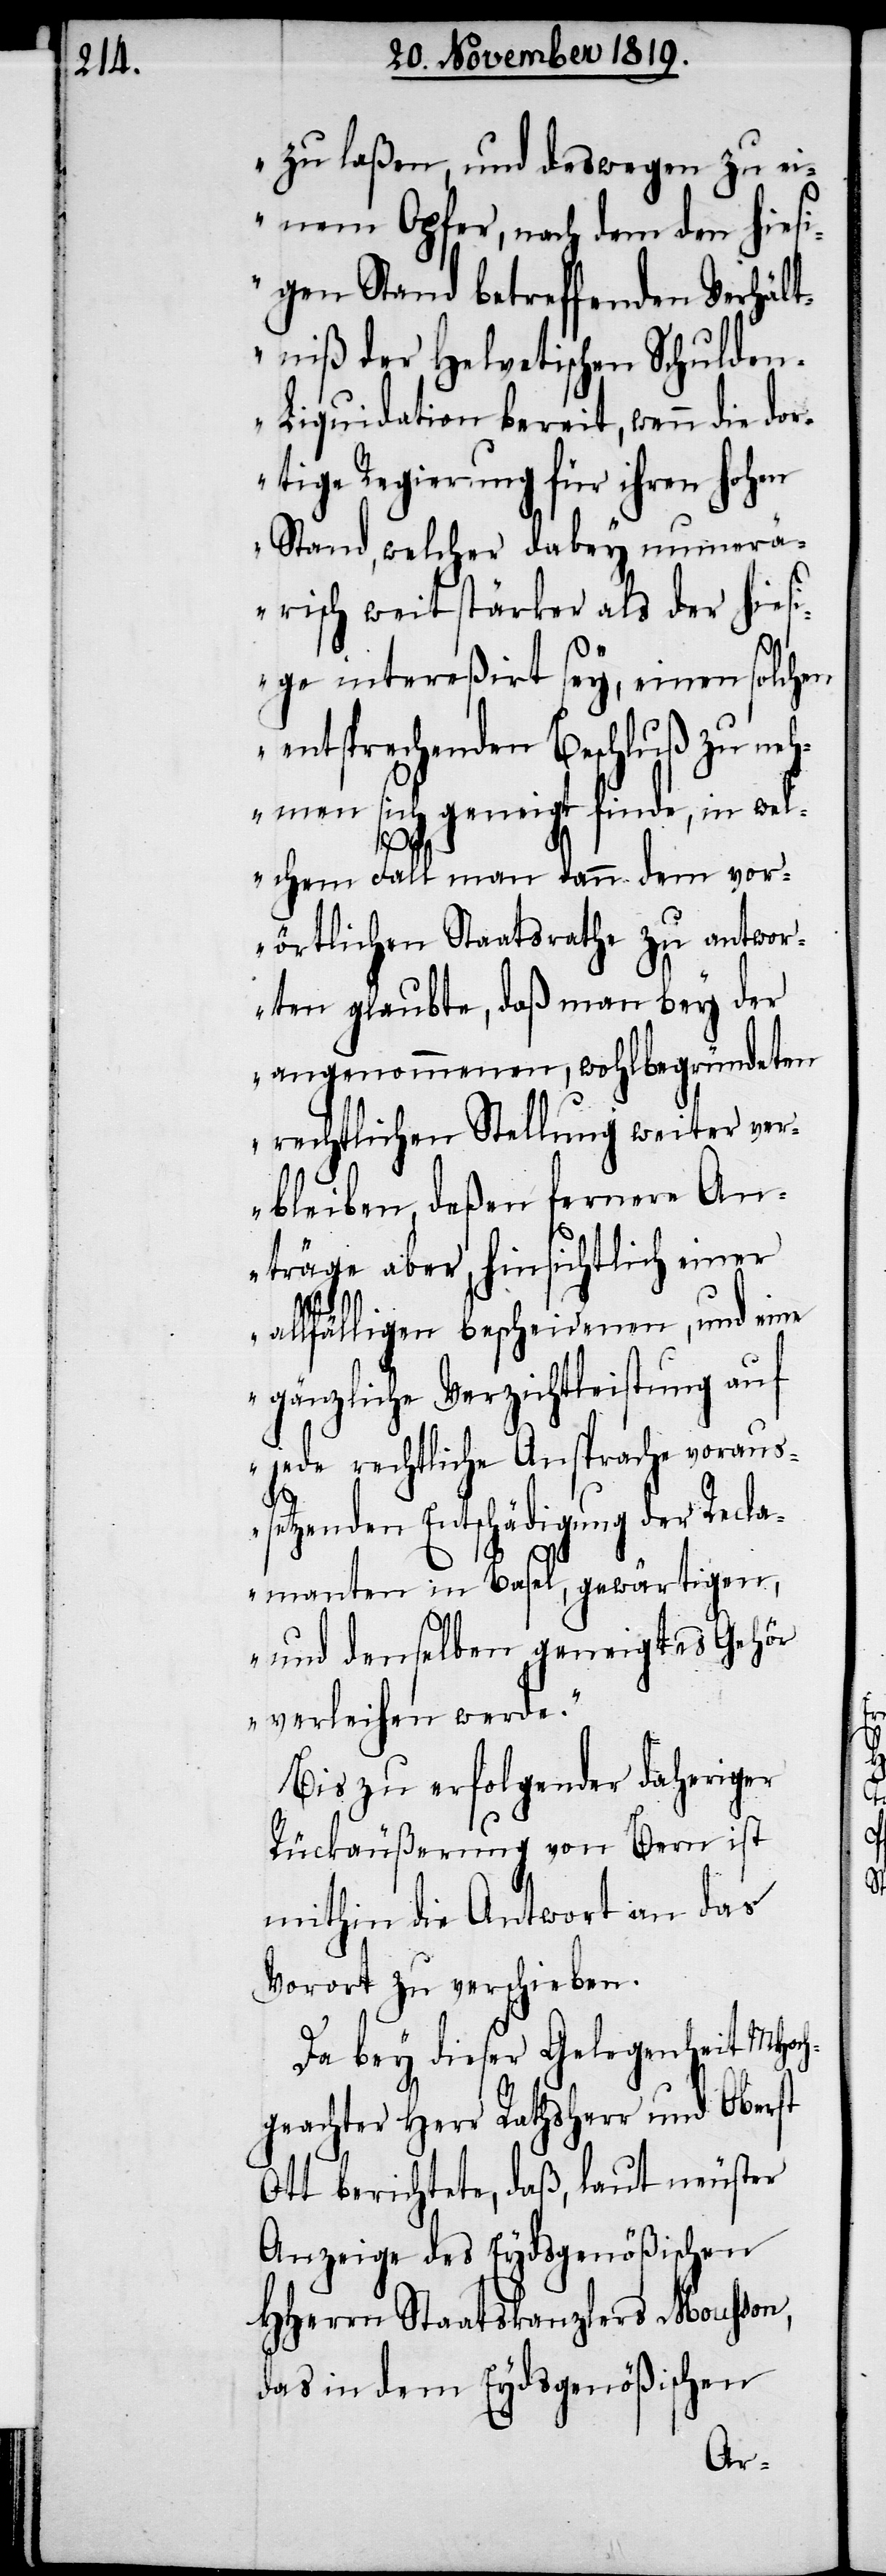
zu laßen, und deswegen zu ei¬
nem Opfer, nach dem den hiesi¬
gen Stand betreffenden Verhält¬
niß der Helvetischen Schulde¬
n-Liquidation bereit, wenn die dor¬
tige Regierung für ihren hohen
Stand, welcher dabey numerä¬
risch weit stärker als der hiesi¬
ge intereßirt sey, einen solchen
entsprechenden Beschluß zu neh¬
men sich geneigt finde, in wel¬
chem Fall man dann dem vor¬
örtlichen Staatsrathe zu antwor¬
ten glaubte, daß man bey der
angenommenen, wohlbegründeten
rechtlichen Stellung weiter ver¬
bleiben, deßen fernere An¬
träge aber, hinsichtlich einer
allfälligen bescheidenen, und eine
gänzliche Verzichtleistung auf
jede rechtliche Ansprache voraus¬
setzenden Entschädigung der Recla¬
manten in Basel, gewärtigen,
und denselben geneigtes Gehör
verleihen werde.“
Bis zu erfolgender daheriger
Rückäußerung von Bern ist
mithin die Antwort an das
Vorort zu verschieben.
Da bey dieser Gelegenheit MHoch¬
geachter Herr Rathsherr und Oberst
Ott berichtete, daß, laut neuster
Anzeige des Eydsgenößischen
HHerrn Staatskanzlers Mousson,
das in dem Eydsgenößischen